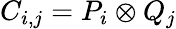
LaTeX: C_{i,j}=P_{i}\otimes Q_{j}